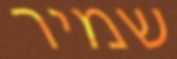
שמיר